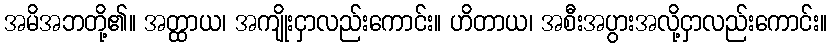
အမိအဘတို့၏။ အတ္ထာယ၊ အကျိုးငှာလည်းကောင်း။ ဟိတာယ၊ အစီးအပွားအလို့ငှာလည်းကောင်း။